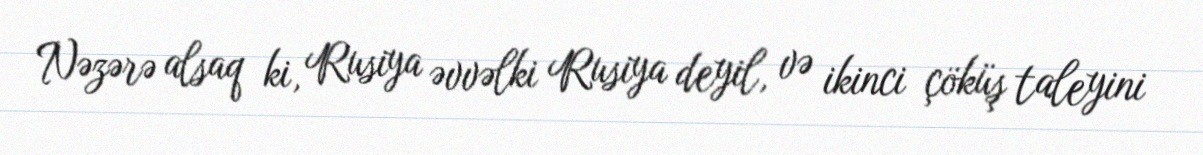
Nəzərə alsaq ki, Rusiya əvvəlki Rusiya deyil, və ikinci çöküş taleyini